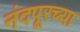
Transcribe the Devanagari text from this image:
नंदपूरच्या